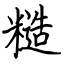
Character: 糙